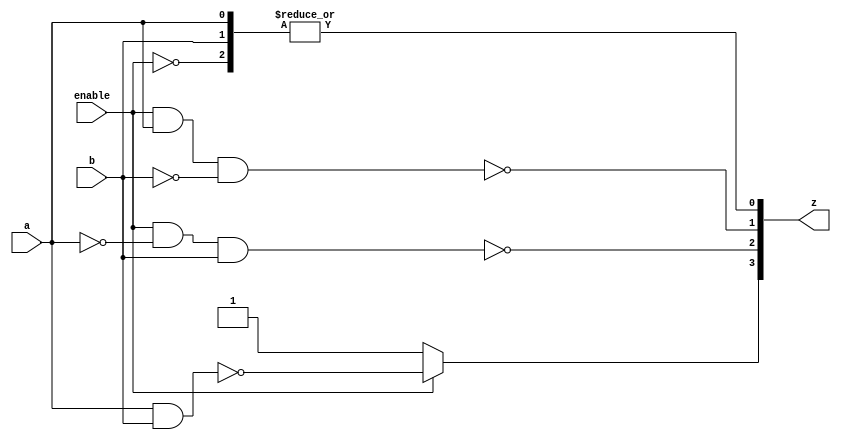
module demultiplexer2(a, b, enable, z);
	input a, b, enable;
	output[3:0] z;
	
	assign z[0] = |{~enable, a, b};
	assign z[1] = ~(enable & a & ~b);
	assign z[2] = ~(enable & ~a & b);
	assign z[3] = enable ?~(a & b):1'b1;
	
endmodule